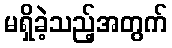
မရှိခဲ့သည့်အတွက်